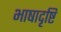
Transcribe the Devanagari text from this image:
भाषादृष्टि